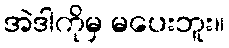
အဲဒါကိုမှ မပေးဘူး။